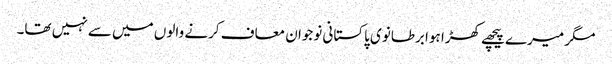
مگر میرے پیچھے کھڑا ہوا برطانوی پاکستانی نوجوان معاف کرنے والوں میں سے نہیں تھا۔